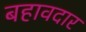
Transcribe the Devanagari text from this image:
बहावदार